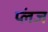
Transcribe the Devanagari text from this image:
प्लंज